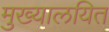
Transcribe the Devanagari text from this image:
मुख्यालयित